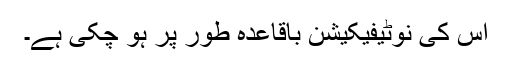
اِس کی نوٹیفیکیشن باقاعدہ طور پر ہو چکی ہے۔